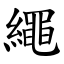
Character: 繩